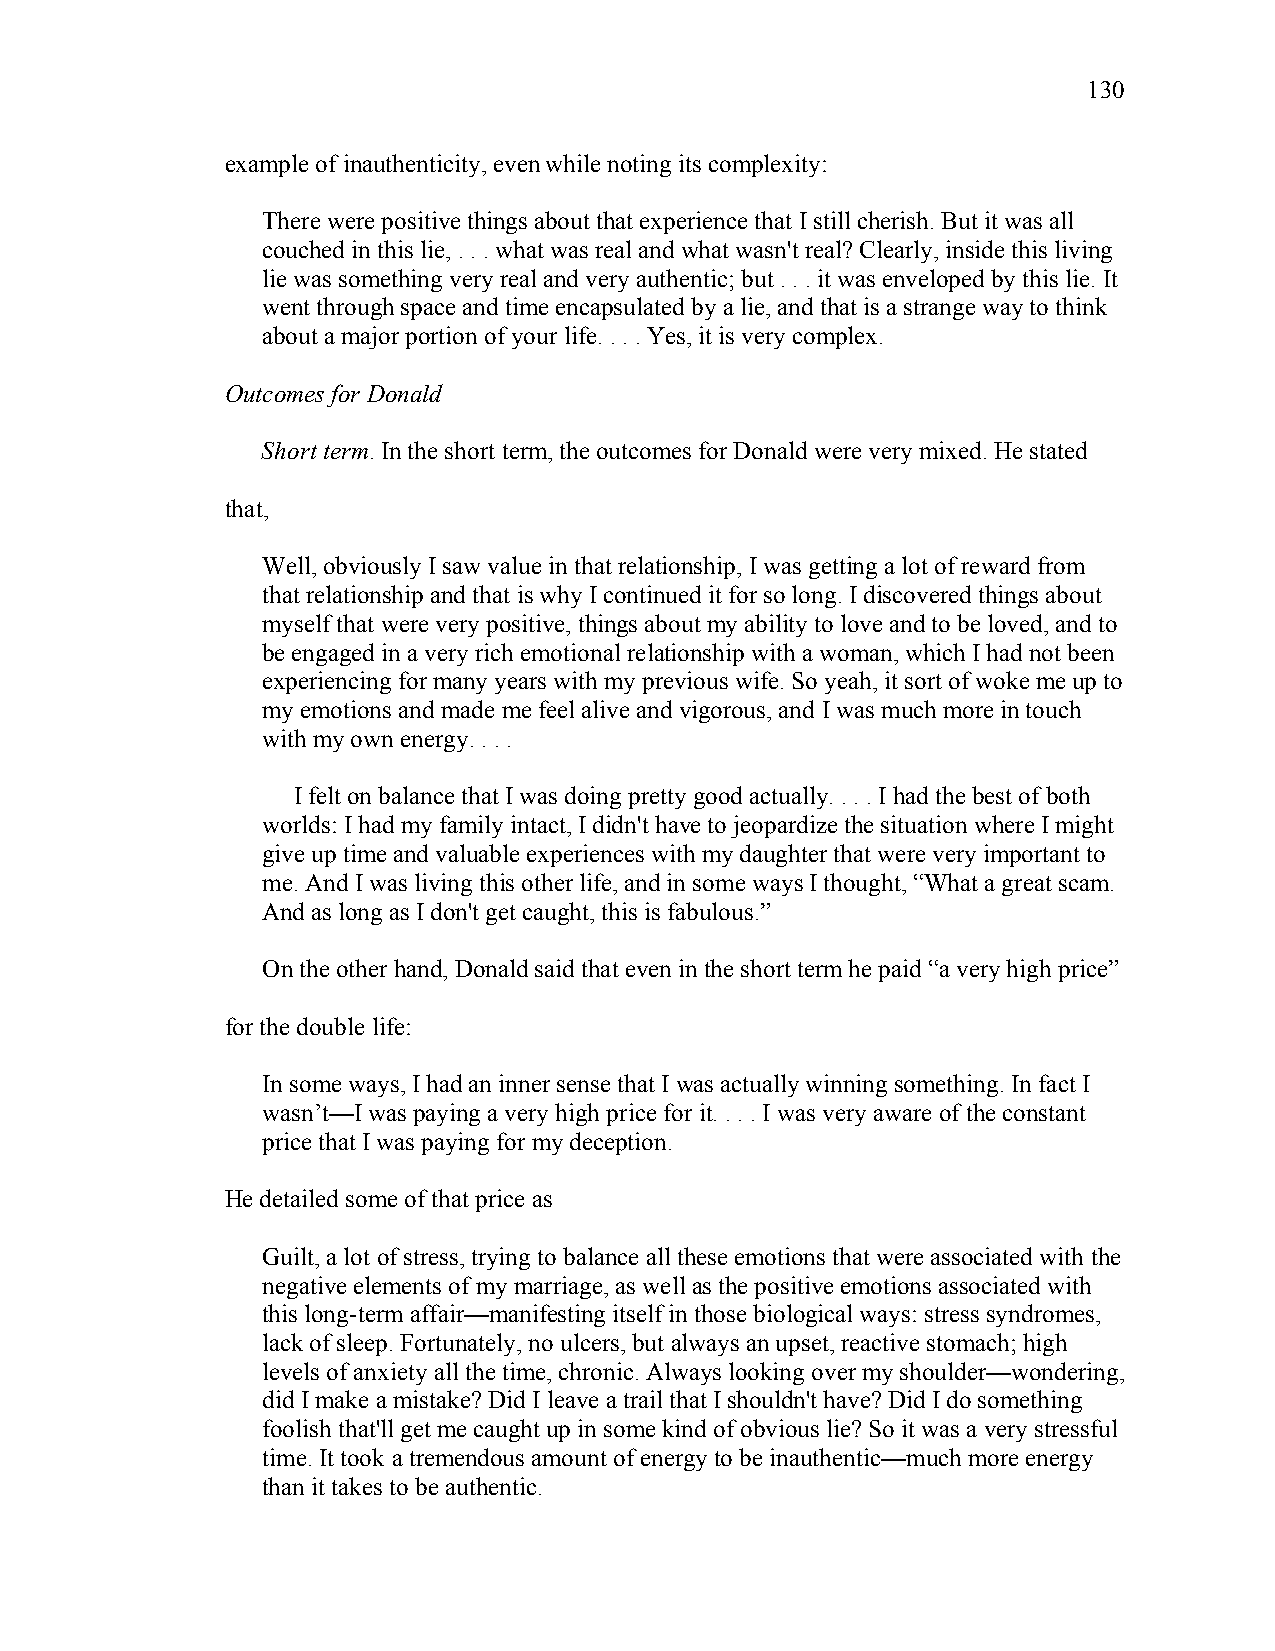
130
 example of inauthenticity, even while noting its complexity:
 There were positive things about that experience that I still cherish. But it was all
 couched in this lie, . . . what was real and what wasn't real? Clearly, inside this living
 lie was something very real and very authentic; but . . . it was enveloped by this lie. It
 went through space and time encapsulated by a lie, and that is a strange way to think
 about a major portion of your life. . . . Yes, it is very complex.
 Outcomes for Donald
 Short term. In the short term, the outcomes for Donald were very mixed. He stated
 that,
 Well, obviously I saw value in that relationship, I was getting a lot of reward from
 that relationship and that is why I continued it for so long. I discovered things about
 myself that were very positive, things about my ability to love and to be loved, and to
 be engaged in a very rich emotional relationship with a woman, which I had not been
 experiencing for many years with my previous wife. So yeah, it sort of woke me up to
 my emotions and made me feel alive and vigorous, and I was much more in touch
 with my own energy. . . .
 I felt on balance that I was doing pretty good actually. . . . I had the best of both
 worlds: I had my family intact, I didn't have to jeopardize the situation where I might
 give up time and valuable experiences with my daughter that were very important to
 me. And I was living this other life, and in some ways I thought, “What a great scam.
 And as long as I don't get caught, this is fabulous.”
 On the other hand, Donald said that even in the short term he paid “a very high price”
 for the double life:
 In some ways, I had an inner sense that I was actually winning something. In fact I
 wasn’t—I was paying a very high price for it. . . . I was very aware of the constant
 price that I was paying for my deception.
 He detailed some of that price as
 Guilt, a lot of stress, trying to balance all these emotions that were associated with the
 negative elements of my marriage, as well as the positive emotions associated with
 this long-term affair—manifesting itself in those biological ways: stress syndromes,
 lack of sleep. Fortunately, no ulcers, but always an upset, reactive stomach; high
 levels of anxiety all the time, chronic. Always looking over my shoulder—wondering,
 did I make a mistake? Did I leave a trail that I shouldn't have? Did I do something
 foolish that'll get me caught up in some kind of obvious lie? So it was a very stressful
 time. It took a tremendous amount of energy to be inauthentic—much more energy
 than it takes to be authentic.